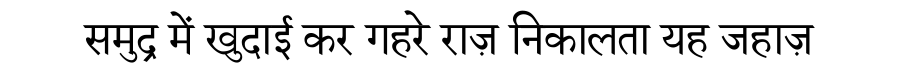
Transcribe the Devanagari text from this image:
समुद्र में खुदाई कर गहरे राज़ निकालता यह जहाज़